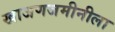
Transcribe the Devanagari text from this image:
खाजणजमीनीला